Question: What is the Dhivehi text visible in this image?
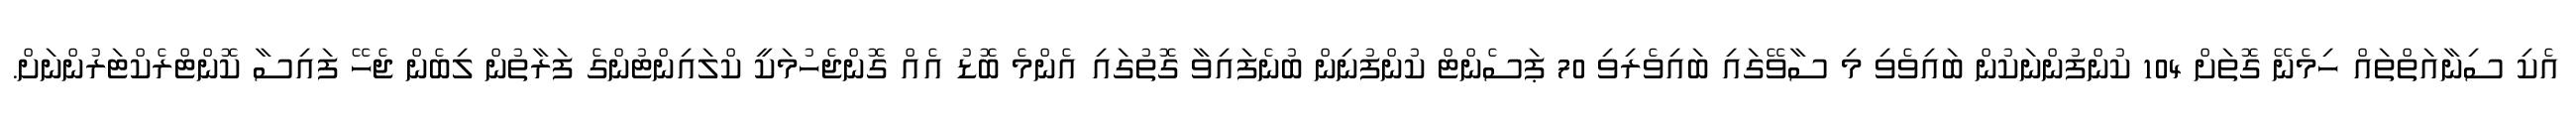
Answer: އެކި ސިނާއަތްތައް ހިމެނޭ ގޮތަށް 104 ކުންފުންނަކުން ބައިވެވި މި ސާވޭގައި ބައިވެރިވި 70 ޕަސެންޓް ކުންފުނިން ބުނެފައިވާ ގޮތުގައި އެންމެ ބޮޑު އެއް ގޮންޖެހުމަކީ ކްލައިންޓުންގެ ފަރާތުން ލިބެން ޖެހޭ ފައިސާ ކޮންޓްރެކްޓަރުންނަށް.